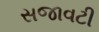
સજાવટી